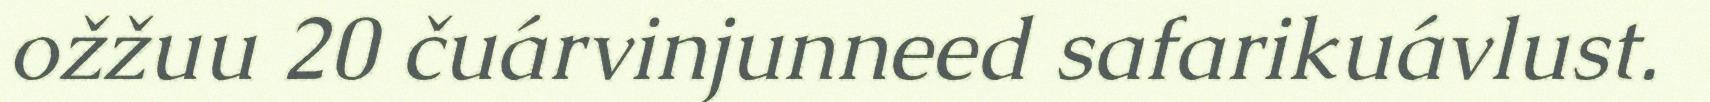
ožžuu 20 čuárvinjunneed safarikuávlust.